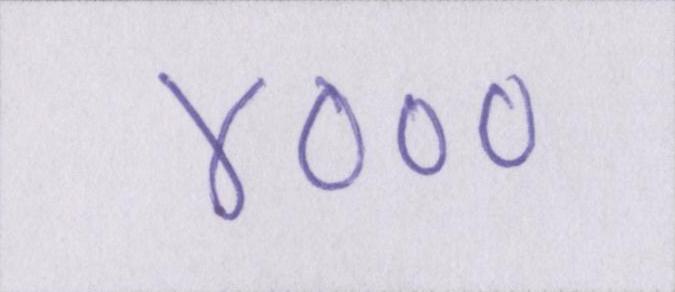
४०००